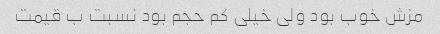
مزش خوب بود ولی خیلی کم حجم بود نسبت ب قیمت